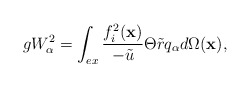
\begin{align*}gW_{\alpha }^{2}=\int_{ex}\frac{f_{i}^{2}(\mathbf{x})}{-\tilde{u}}\Theta \tilde{r}q_{\alpha }d\Omega (\mathbf{x}), \end{align*}